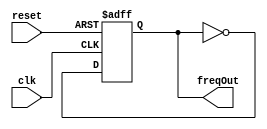
`timescale 1ns / 1ps
//////////////////////////////////////////////////////////////////////////////////
// Company: 
// Engineer: 
// 
// Design Name: 
// Module Name:    timer3 
// Project Name: 
// Target Devices: 
// Tool versions: 
// Description: 
//
// Dependencies: 
//
// Revision: 
// Revision 0.01 - File Created
// Additional Comments: 
//TON C
//////////////////////////////////////////////////////////////////////////////////
module timer3 #(parameter maxTimeValue = 95500) (
input clk,
input reset,
output reg freqOut
    );
	 
integer TimerValue;

always @(posedge clk or posedge reset)
begin
 if (reset)
   TimerValue <= 0;
 else if (TimerValue < maxTimeValue)
   begin
	TimerValue <= TimerValue + 1'b1;
	end
 else
 TimerValue <= 26'd0;
end

always @(posedge clk or posedge reset)
begin
 if (reset)
   freqOut <= 1'b0;
 
 else
 begin
 if (TimerValue == maxTimeValue);
 freqOut <= ~freqOut;
end 
end




endmodule